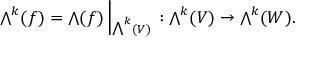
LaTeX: { \textstyle \bigwedge } ^ { k } ( f ) = { \textstyle \bigwedge } ( f ) \left| _ { { \textstyle \bigwedge } ^ { k } ( V ) } \right. : { \textstyle \bigwedge } ^ { k } ( V ) \rightarrow { \textstyle \bigwedge } ^ { k } ( W ) .